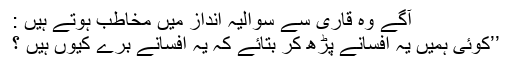
آگے وہ قاری سے سوالیہ انداز میں مخاطب ہوتے ہیں :
’’کوئی ہمیں یہ افسانے پڑھ کر بتائے کہ یہ افسانے برے کیوں ہیں ؟